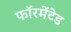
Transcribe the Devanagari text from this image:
फॉरमेंटेड